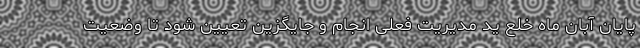
پایان آبان ماه خلع ید مدیریت فعلی انجام و جایگزین تعیین شود تا وضعیت